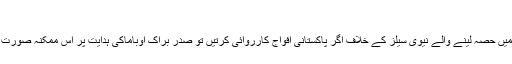
‘‘
امریکی میڈیا میں بھی یہ اطلاعات آ چکی ہیں کہ خفیہ آپریشن میں حصہ لینے والے نیوی سیلز کے خلاف اگر پاکستانی افواج کارروائی کرتیں تو صدر براک اوباماکی ہدایت پر اس ممکنہ صورت حال میں جوابی فوجی کارروائی کا بندوبست بھی کر رکھا تھا۔